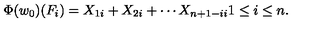
\Phi ( w _ { 0 } ) ( F _ { i } ) = X _ { 1 i } + X _ { 2 i } + \cdots X _ { n + 1 - i i } 1 \leq i \leq n .